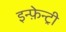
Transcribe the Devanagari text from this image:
इन्फ़ेन्ट्री